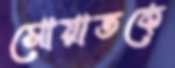
সোয়াতকে